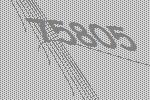
75805